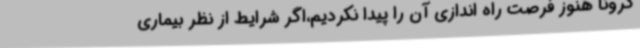
کرونا هنوز فرصت راه اندازی آن را پیدا نکردیم،اگر شرایط از نظر بیماری